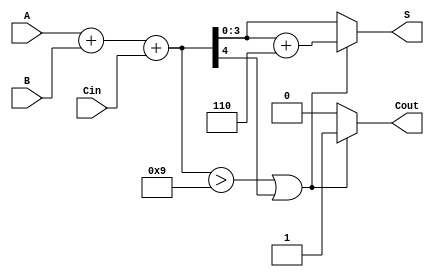
module BCD_Conditional_Adder (
    input [3:0] A,      // First BCD digit
    input [3:0] B,      // Second BCD digit
    input Cin,          // Carry input
    output reg [3:0] S, // Sum output (BCD)
    output reg Cout      // Carry output
);

    wire [4:0] sum;     // Intermediate sum (5 bits to accommodate carry)
    wire correction;     // Correction signal

    // Perform binary addition of A, B, and Cin
    assign sum = A + B + Cin;

    // Check if correction is needed
    assign correction = (sum > 9) || (sum[4]);

    always @(*) begin
        if (correction) begin
            S = sum + 5'd6; // Apply correction by adding 6
            Cout = 1;       // Set carry output
        end else begin
            S = sum[3:0];   // No correction needed
            Cout = 0;       // No carry output
        end
    end

endmodule